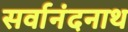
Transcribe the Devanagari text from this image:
सर्वानंदनाथ